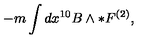
- m \int d x ^ { 1 0 } B \wedge * F ^ { ( 2 ) } ,